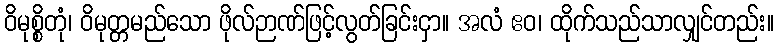
ဝိမုစ္စိတုံ၊ ဝိမုတ္တမည်သော ဖိုလ်ဉာဏ်ဖြင့်လွတ်ခြင်းငှာ။ အလံ ဧဝ၊ ထိုက်သည်သာလျှင်တည်း။